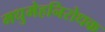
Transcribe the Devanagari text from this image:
मधुमेहनिरोधक